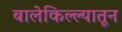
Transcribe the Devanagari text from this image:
बालेकिल्ल्यातून